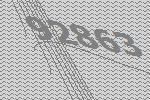
92863